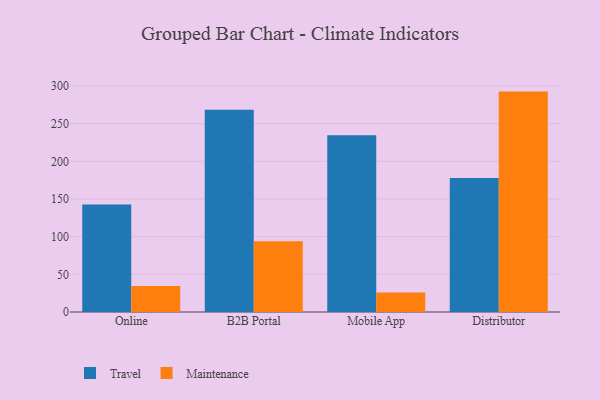
{"axis": {"x": "Channel", "y": "Operating Costs (USD K)"}, "legend": ["Maintenance", "Travel"], "data": [{"x": "Online", "y": 142.7, "type": "Travel"}, {"x": "Online", "y": 34.6, "type": "Maintenance"}, {"x": "B2B Portal", "y": 268.5, "type": "Travel"}, {"x": "B2B Portal", "y": 93.8, "type": "Maintenance"}, {"x": "Mobile App", "y": 234.7, "type": "Travel"}, {"x": "Mobile App", "y": 26.0, "type": "Maintenance"}, {"x": "Distributor", "y": 177.8, "type": "Travel"}, {"x": "Distributor", "y": 292.5, "type": "Maintenance"}]}